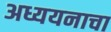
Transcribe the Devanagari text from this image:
अध्ययनाचा